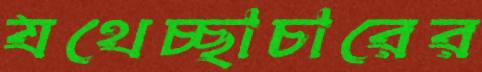
যথেচ্ছাচারের